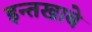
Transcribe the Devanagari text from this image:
इन्तखाबे